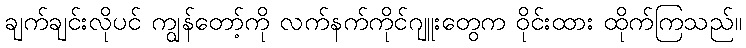
ချက်ချင်းလိုပင် ကျွန်တော့်ကို လက်နက်ကိုင်ဂျူးတွေက ဝိုင်းထား ထိုက်ကြသည်။